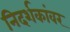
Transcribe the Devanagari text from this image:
निदर्शकांवर